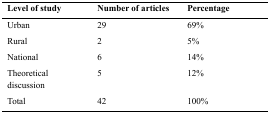
| Level of study | Number of articles | Percentage |
 | --- | --- | --- |
 | Urban | 29 | 69% |
 | Rural | 2 | 5% |
 | National | 6 | 14% |
 | Theoretical discussion | 5 | 12% |
 | Total | 42 | 100% |